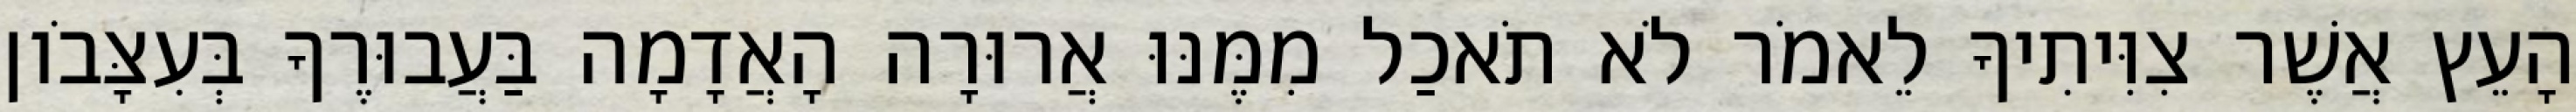
הָעֵץ אֲשֶׁר צִוִּיתִיךָ לֵאמֹר לֹא תֹאכַל מִמֶּנּוּ אֲרוּרָה הָאֲדָמָה בַּעֲבוּרֶךָ בְּעִצָּבֹון